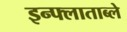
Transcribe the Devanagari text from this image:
इन्फ्लाताब्ले